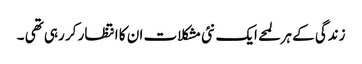
زندگی کے ہر لمحے ایک نئی مشکلات ان کا انتظار کر رہی تھی ۔